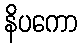
နိပကော